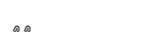
٣٨